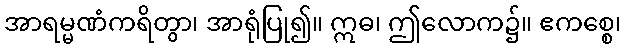
အာရမ္မဏံကရိတွာ၊ အာရုံပြု၍။ ဣဓ၊ ဤလောက၌။ ဧကစ္စေ၊